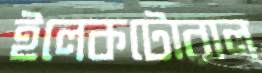
ইলেকটোরাল